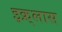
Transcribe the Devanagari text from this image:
इक़्लास